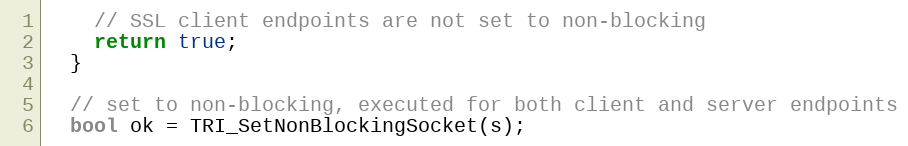
Language: C++
    // SSL client endpoints are not set to non-blocking
    return true;
  }

  // set to non-blocking, executed for both client and server endpoints
  bool ok = TRI_SetNonBlockingSocket(s);